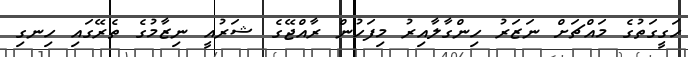
ހަގީގަތުގެ މައްޗަށް ނަޒަރު ހިންގާލާއިރު މިފަހުން ރާއްޖޭގެ ޝަރުއީ ނިޒާމުގެ ތެރޭގައި ހިނގި